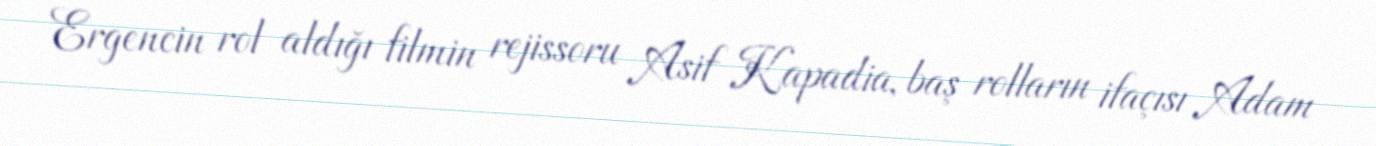
Ergencin rol aldığı filmin rejissoru Asif Kapadia, baş rolların ifaçısı Adam